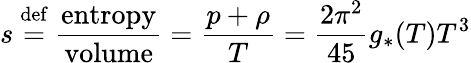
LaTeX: s\ {\stackrel{\mathrm{def}}{=}}\ {\frac{\mathrm{entropy}}{\mathrm{volume}}}={\frac{p+\rho}{T}}={\frac{2\pi^{2}}{45}}g_{*}(T)T^{3}